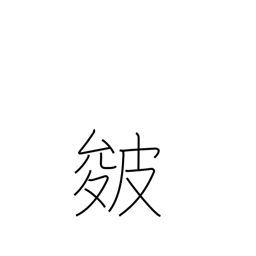
Meaning: creases